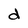
Character: d